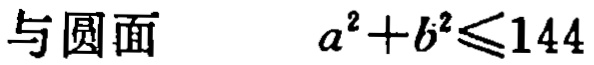
与圆面 \(a^{2}+b^{2}\leqslant144\)